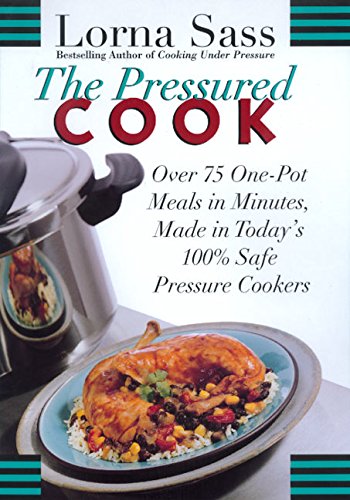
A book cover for The Pressured Cook: Over 75 One-Pot Meals In Minutes, Made In Today's 100% Safe Pressure Cookers; Lorna J. Sass; Cookbooks, Food & Wine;